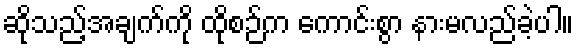
ဆိုသည့်အချက်ကို ထိုစဉ်က ကောင်းစွာ နားမလည်ခဲ့ပါ။